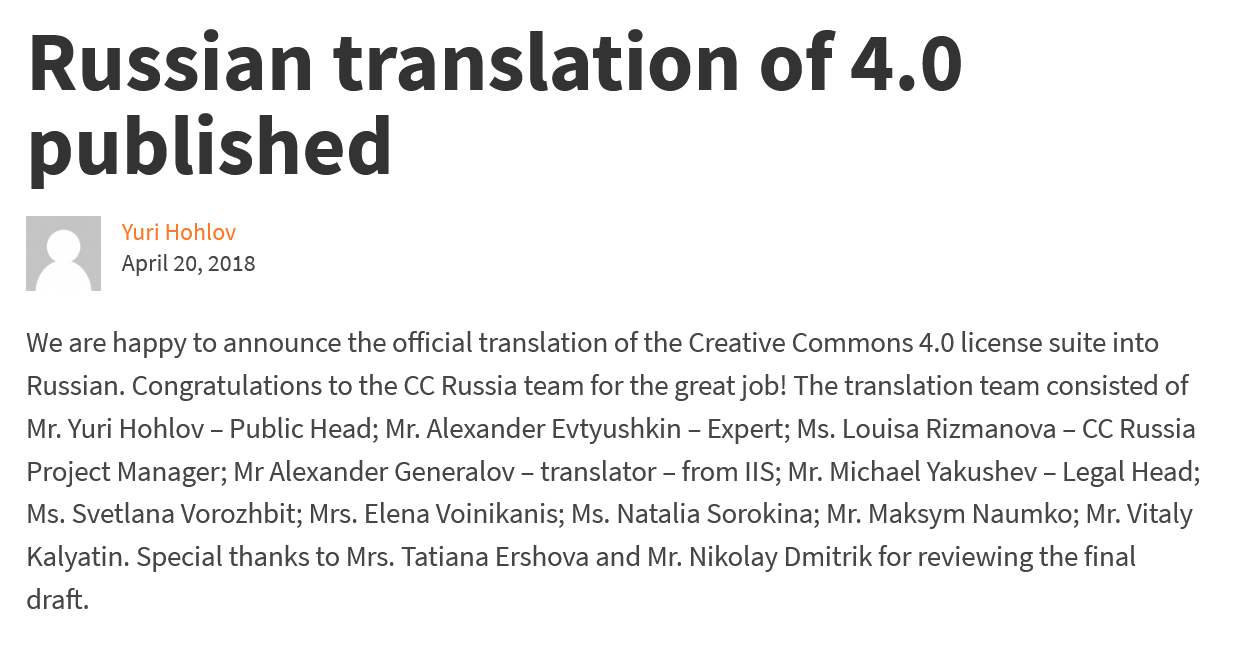
Russian    translation    of    4.0
   published
  We are happy to announce the official translation of the Creative Commons 4.0 license suite into
   Russian. Congratulations to the CC Russia team for the great job! The translation team consisted of
   Mr. Yuri Hohlov
     -
     Public Head; Mr. Alexander Evtyushkin - Expert; Ms. Louisa Rizmanova
     -
     CC Russia
   Project Manager; Mr Alexander Generalov - translator
     -
     from IIS; Mr. Michael Yakushev
     - Legal Head;
   Ms. Svetlana Vorozhbit; Mrs. Elena Voinikanis; Ms. Natalia Sorokina; Mr. Maksym Naumko; Mr. Vitaly
   Kalyatin. Special thanks to Mrs. Tatiana Ershova and Mr. Nikolay Dmitrik for reviewing the final
  draft.
     April 20, 2018
     | Yuri Hohlov